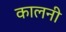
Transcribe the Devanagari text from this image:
कालनी